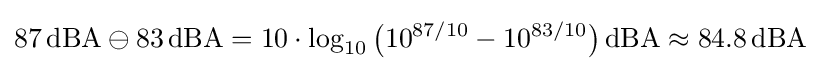
87\,{\text{dBA}}\ominus 83\,{\text{dBA}}=10\cdot \log _{10}{\bigl (}10^{87/10}-10^{83/10}{\bigr )}\,{\text{dBA}}\approx 84.8\,{\text{dBA}}